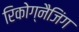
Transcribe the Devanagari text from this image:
रिकोग्नैजिंग